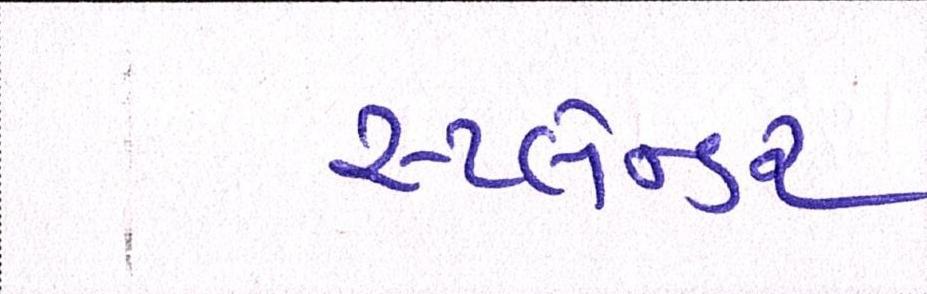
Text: સ્પ્લેન્ડર